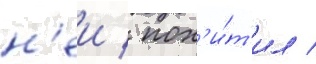
н'еи / пох'и́т'ил /